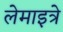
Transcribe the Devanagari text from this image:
लेमाइत्रे